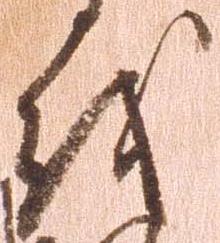
を